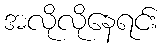
အလိုလိုနေရင်း